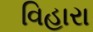
વિહારા